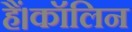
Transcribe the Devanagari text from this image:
हैं।कॉलिन